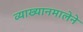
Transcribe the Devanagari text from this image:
व्याख्यानमालेने